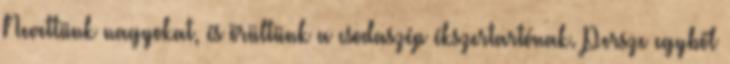
Nevettünk nagyokat, és örültünk a csodaszép ékszertartónak. Persze egyből